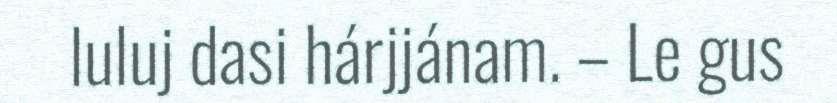
luluj dasi hárjjánam. – Le gus